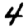
Digit: 4